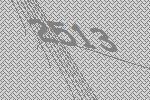
2513